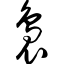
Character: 袅